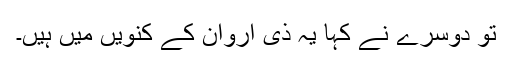
تو دوسرے نے کہا یہ ذی اروان کے کنویں میں ہیں۔